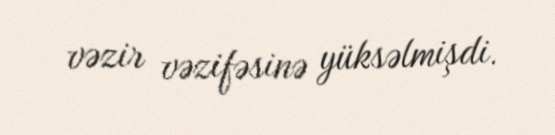
vəzir vəzifəsinə yüksəlmişdi.